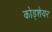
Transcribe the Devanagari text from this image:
कोड्शेयर